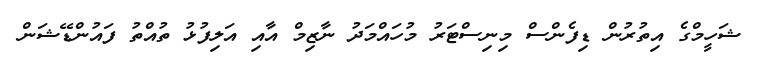
ޝަހީމްގެ އިތުރުން ޑިފެންސް މިނިސްޓަރު މުހައްމަދު ނާޒިމް އާއި އަލިފުޅު ތުއްތު ފައުންޑޭޝަން